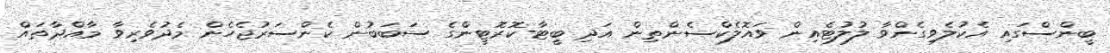
ބީންސްގައި އެކުލެވިގެންވާ ލުލުޓެއިން ވައޮލެކްސެންތިން އަދި ބީޓާ-ކޮރޮޓީންގެ ސަބަބުން ކެންސަރުޖެހެން މެދުވެރިވާ މާއްދާތައް